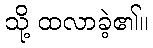
သို့ ထလာခဲ့၏။